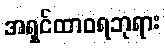
အရှင်ထာဝရဘုရား